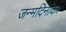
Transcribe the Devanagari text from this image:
जन्मदिनांकः